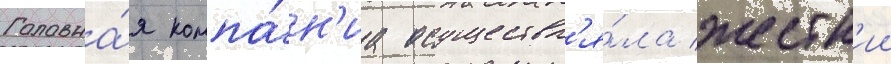
Головна́я компа́н'иа осуществл'я́ла жестк'ии